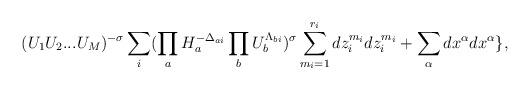
LaTeX: \begin{align*}(U_{1}U_{2}...U_{M})^{-\sigma}\sum _{i}(\prod_{a}H_{a}^{-\Delta _{ai}} \prod _{b}U_{b}^{\Lambda _{bi}})^{\sigma}\sum_{m_{i}=1}^{r_{i}}dz_{i}^{m_{i}}dz_{i}^{m_{i}}+\sum _{\alpha}dx^{\alpha}dx^{\alpha}\}, \end{align*}